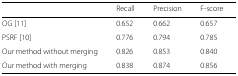
<table><thead><tr><td></td><td><b>Recall</b></td><td><b>Precision</b></td><td><b>F-score</b></td><td></td></tr></thead><tbody><tr><td>OG [11]</td><td>0.652</td><td>0.662</td><td>0.657</td><td></td></tr><tr><td>PSRF [10]</td><td>0.776</td><td>0.794</td><td>0.785</td><td></td></tr><tr><td>Our method without merging</td><td>0.826</td><td>0.853</td><td>0.840</td><td></td></tr><tr><td>Our method with merging</td><td>0.838</td><td>0.874</td><td>0.856</td><td></td></tr></tbody></table>